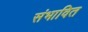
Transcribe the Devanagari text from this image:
संभावित